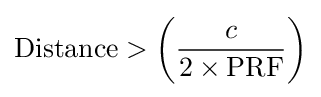
{\text{Distance}}>\left({\frac {c}{2\times \mathrm {PRF} }}\right)